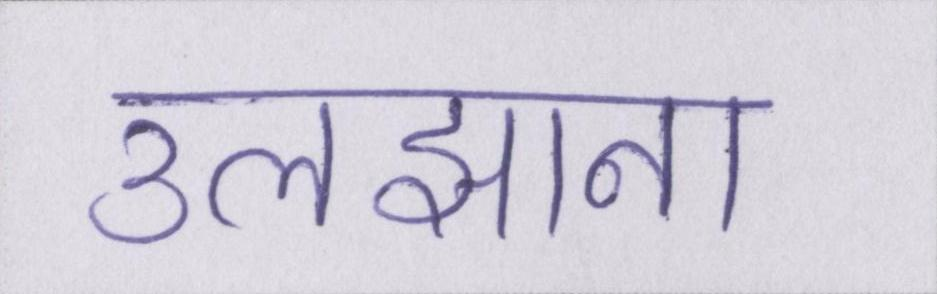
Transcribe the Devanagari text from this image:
उलझाना